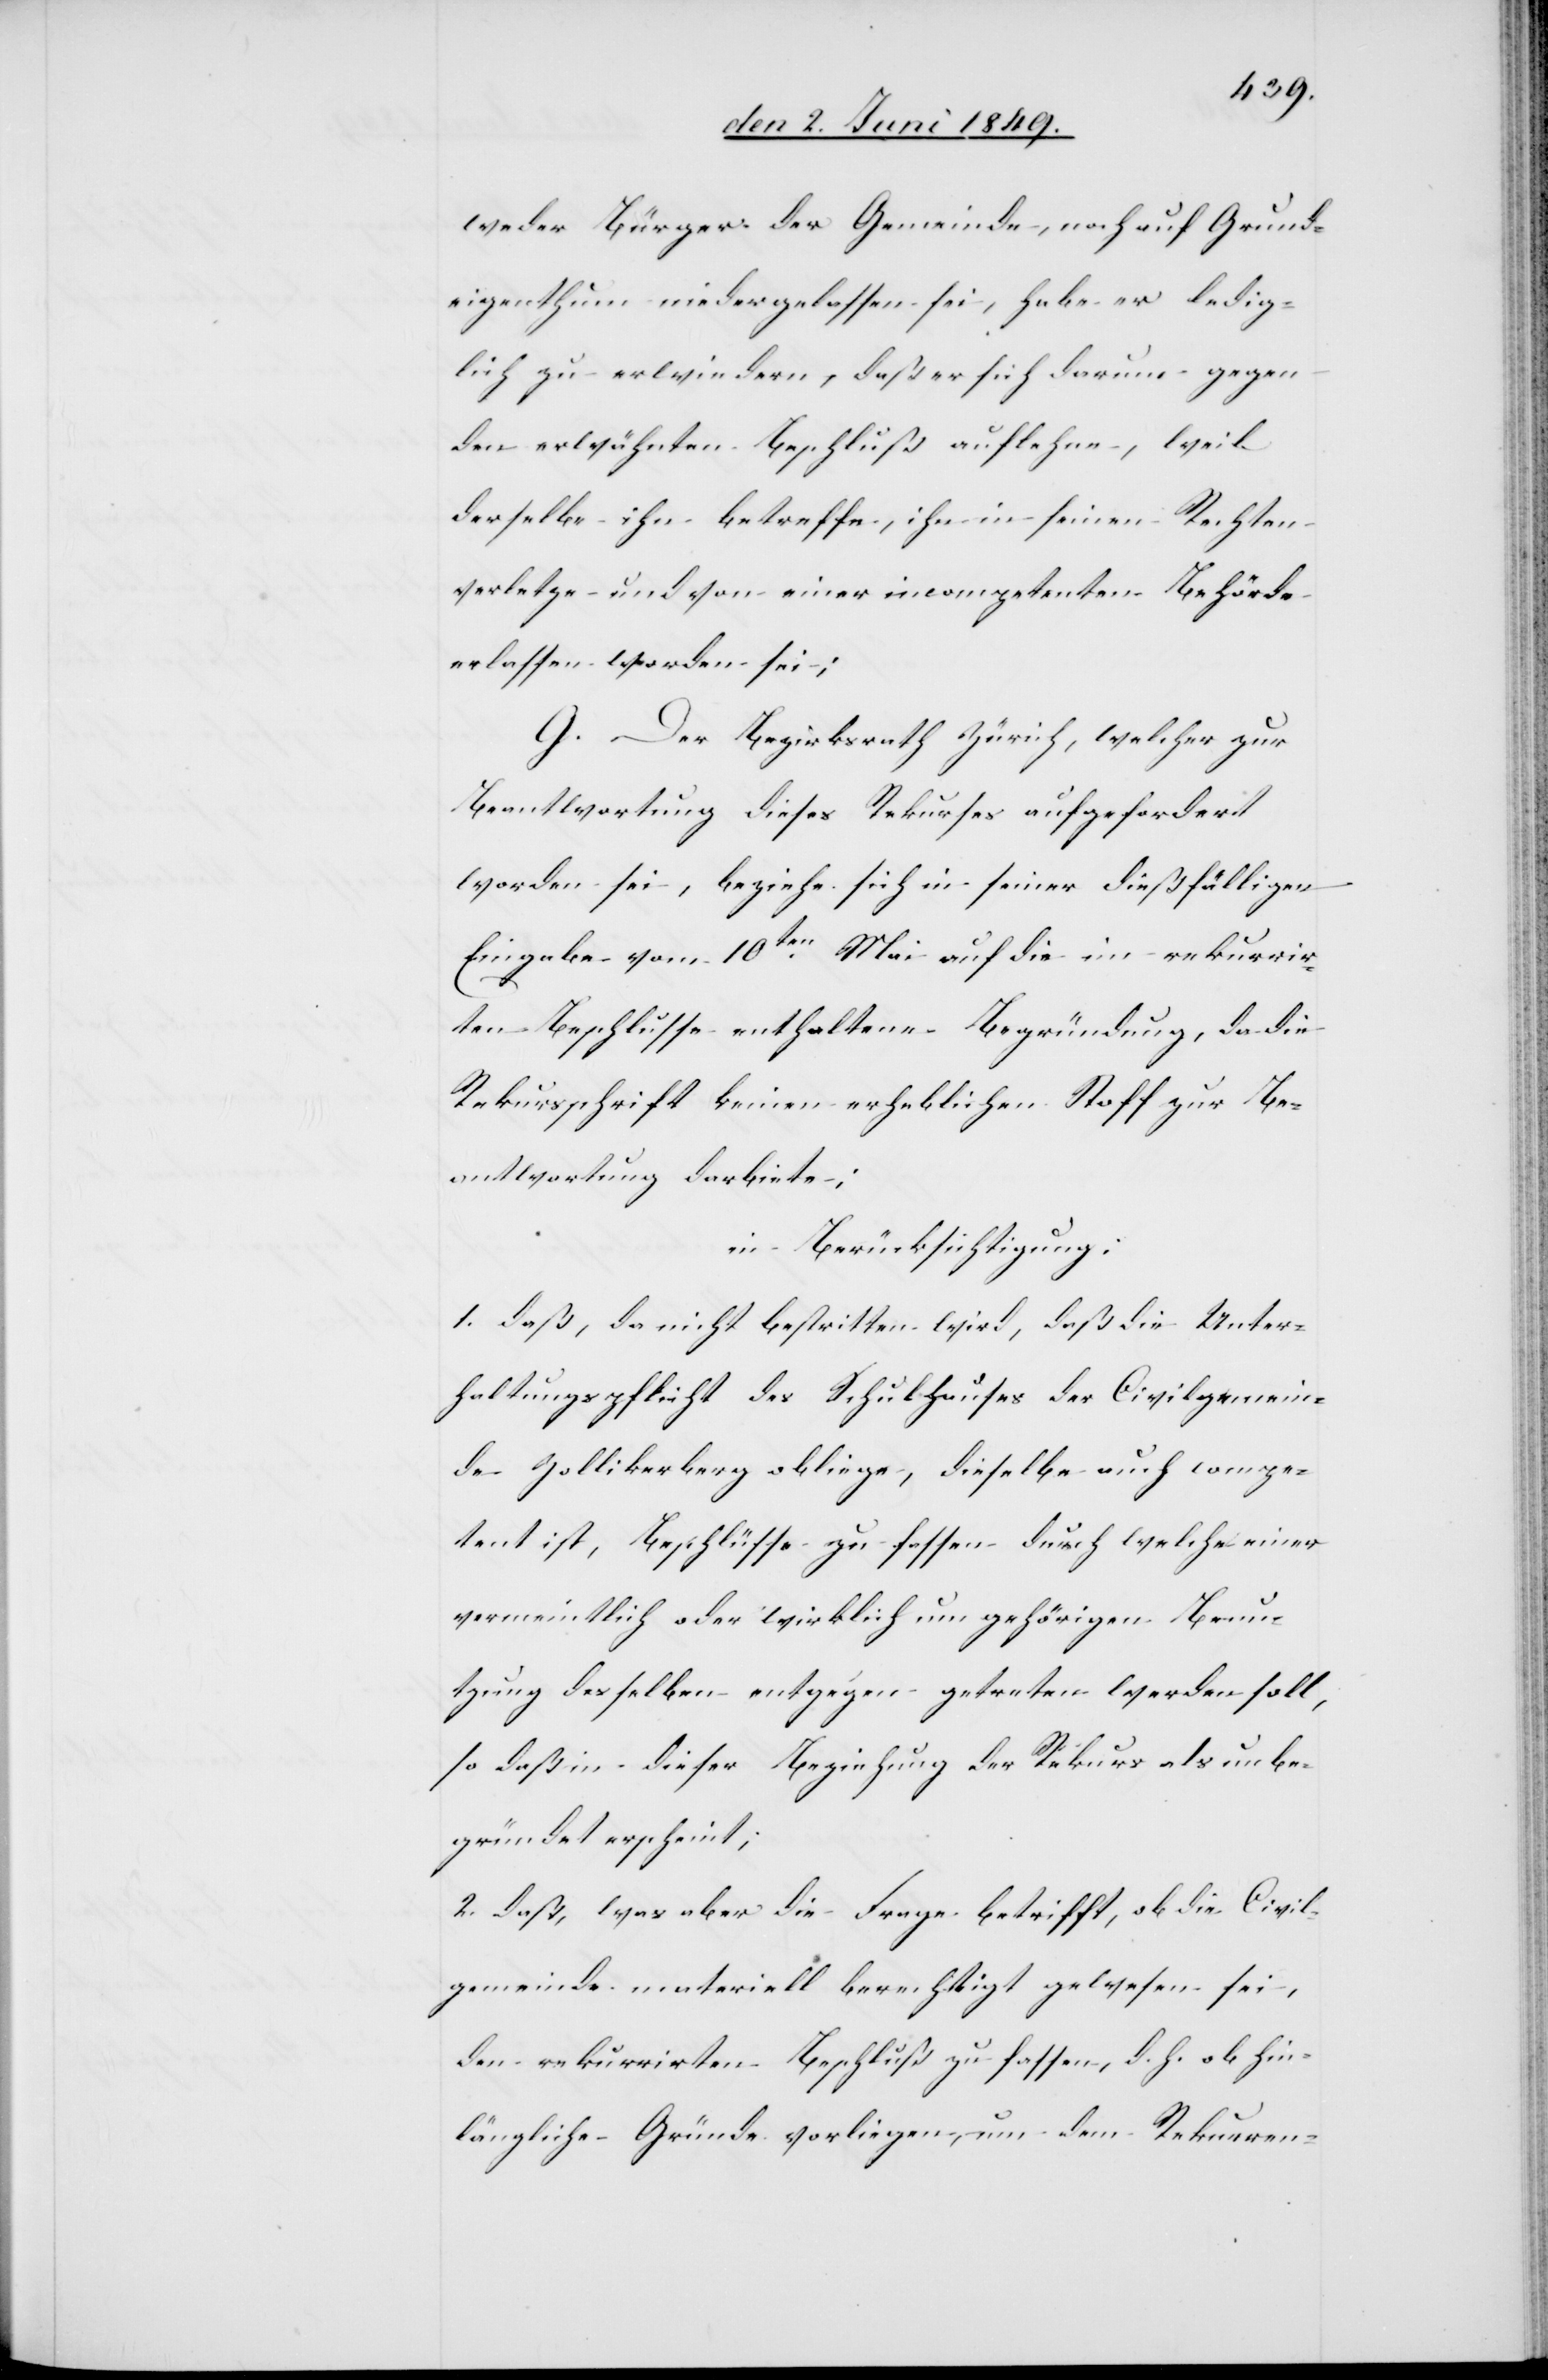
weder Bürger der Gemeinde, noch auf Grund¬
eigenthum niedergelassen sei, habe er ledig¬
lich zu erwiedern, daß er sich darum gegen
den erwähnten Beschluß auflehne, weil
derselbe ihn betreffe, ihn in seinen Rechten
verletze und von einer incompetenten Behörde
erlassen worden sei;
G. Der Bezirksrath Zürich, welcher zur
Beantwortung dieses Rekurses aufgefordert
worden sei, beziehe sich in seiner dießfälligen
Eingabe vom 10ten Mai auf die im rekurrir¬
ten Beschlusse enthaltene Begründung, da die
Rekursschrift keinen erheblichen Stoff zur Be¬
antwortung darbiete:
in Berücksichtigung:
1. daß, da nicht bestritten wird, daß die Unter¬
haltungspflicht des Schulhauses der Civilgemein¬
de Zollikerberg obliege, dieselbe auch compe¬
tent ist, Beschlüsse zu fassen durch welche einer
vermeintlich oder wirklich um gehörigen Benu¬
tzung desselben entgegen getreten werden soll,
so daß in dieser Beziehung der Rekurs als unbe¬
gründet erscheint;
2. daß was aber die Frage betrifft, ob die Civil¬
gemeinde materiell berechtigt gewesen sei,
den rekurrirten Beschluß zu fassen, d. h. ob hin¬
längliche Gründe vorliegen, um dem Rekurren-